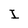
Character: I